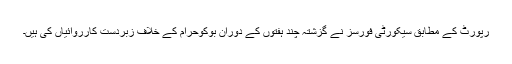
رپورٹ کے مطابق سیکورٹی فورسز نے گزشتہ چند ہفتوں کے دوران بوکوحرام کے خلاف زبردست کارروائیاں کی ہیں۔